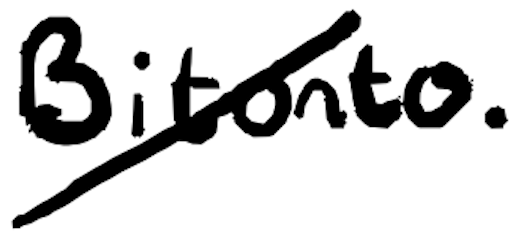
Text: Bitonto.
Cross-out: diagonal
Writing tool: digital_black